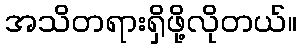
အသိတရားရှိဖို့လိုတယ်။